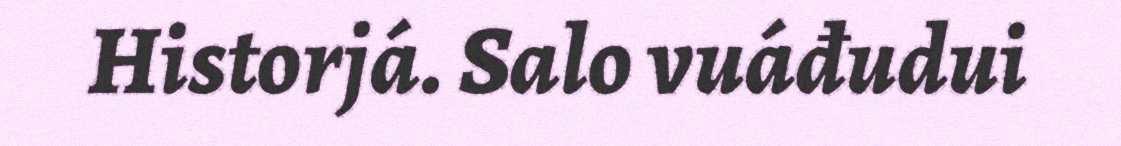
Historjá. Salo vuáđudui